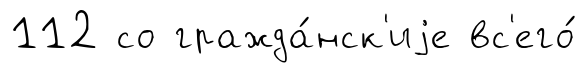
112 со гражда́нск'иjе вс'его́